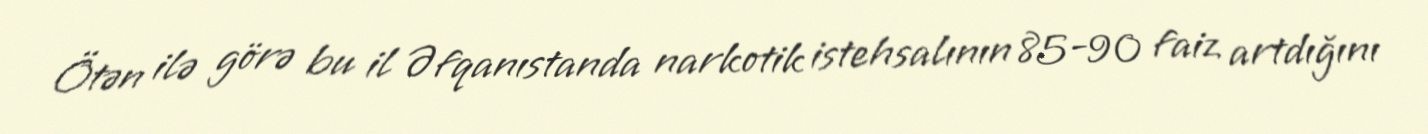
Ötən ilə görə bu il Əfqanıstanda narkotik istehsalının 85-90 faiz artdığını